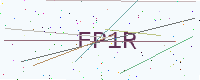
Text: FP1R